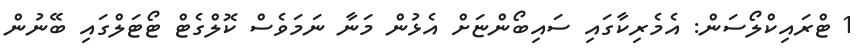
1 ޓްރައިކްލޯސަން: އެމެރިކާގައި ސައިބޯންޏަށް އެޅުން މަނާ ނަަމަވެސް ކޮލްގެޓް ޓޯޓަލްގައި ބޭނުން